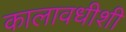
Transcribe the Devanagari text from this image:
कालावधीशी